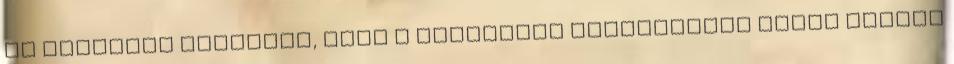
Az automata aknavető, majd a lövegrész kiviteléhez hiába kapott